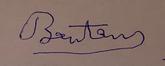
Signature authenticity: forged